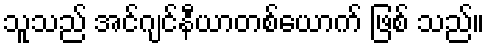
သူသည် အင်ဂျင်နီယာတစ်ယောက် ဖြစ် သည်။